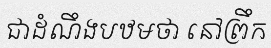
ជាដំណឹងបឋមថា នៅព្រឹក